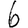
Digit: 6